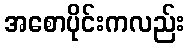
အစောပိုင်းကလည်း